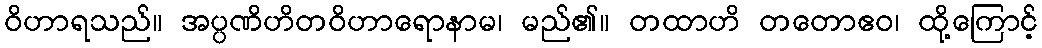
ဝိဟာရသည်။ အပ္ပဏိဟိတဝိဟာရောနာမ၊ မည်၏။ တထာဟိ တတောဧဝ၊ ထို့ကြောင့်